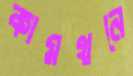
কামথনে